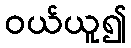
ဝယ်ယူ၍